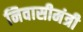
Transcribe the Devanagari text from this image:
निवासीमंत्री